Eesti_Vabariigi_Tartu_Ulikool, lk 162
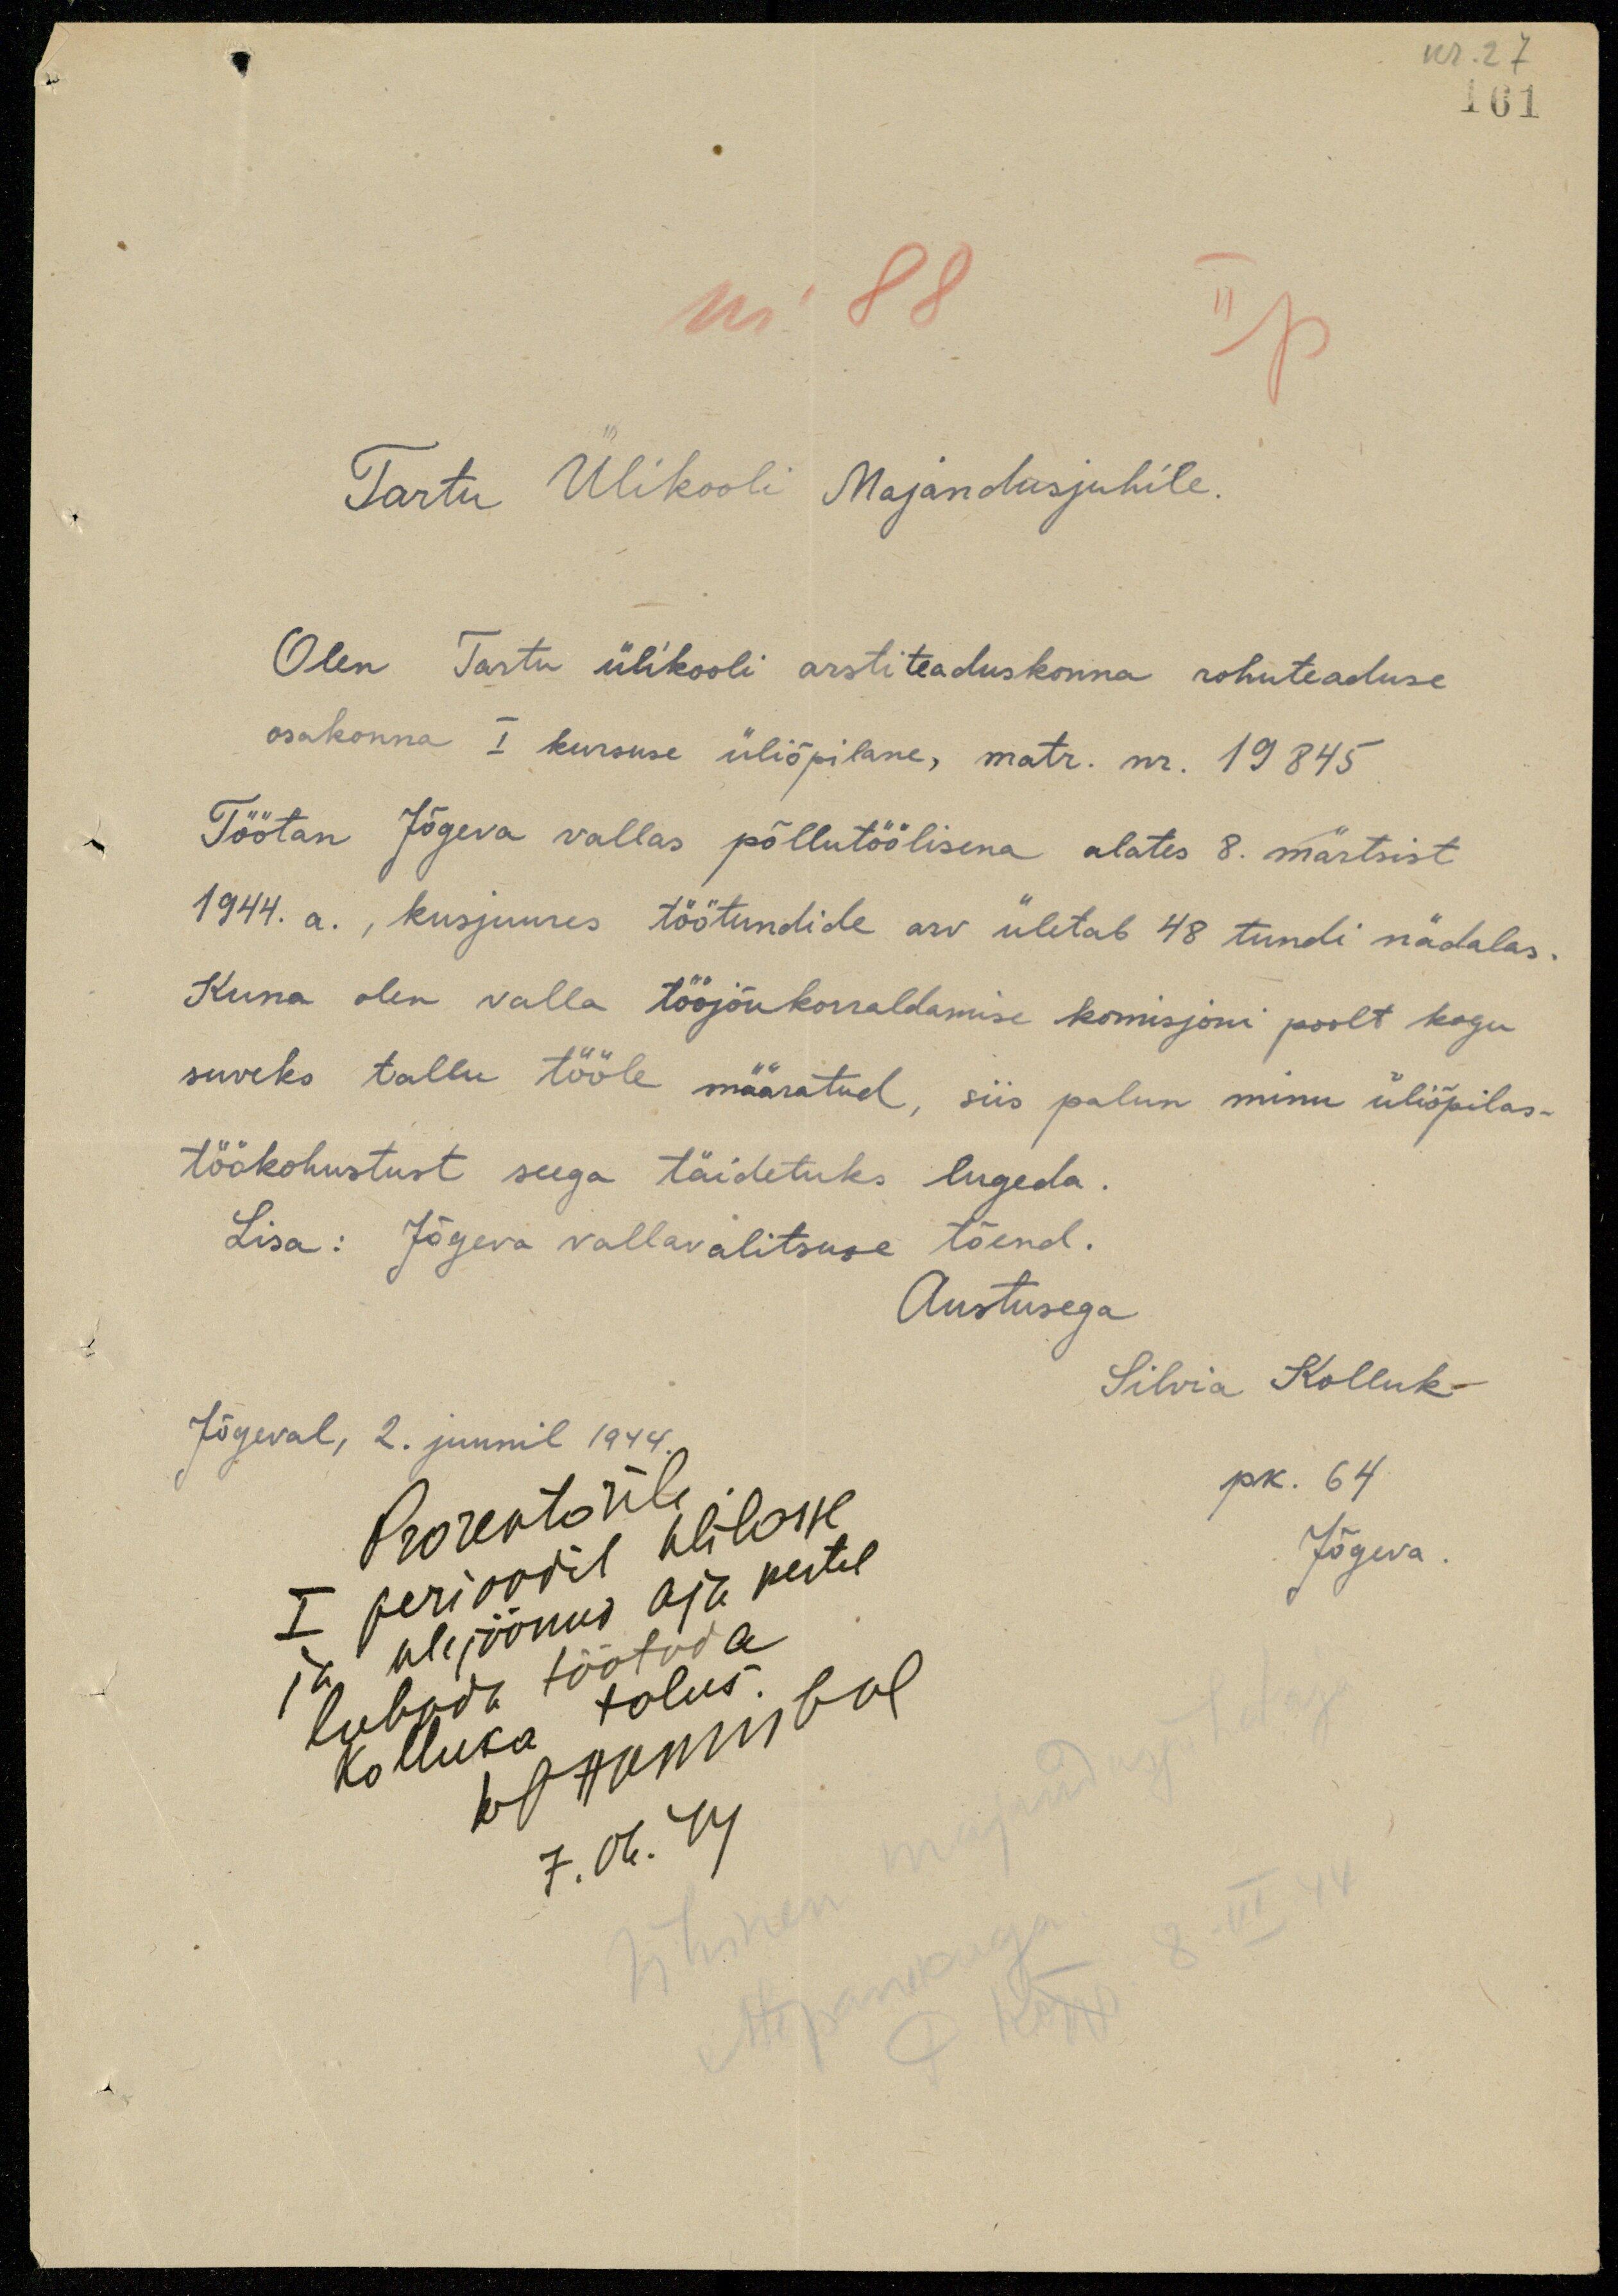
nr. 27
161
nr 88
II p
Tartu Ülikooli Majandusjuhile.
Olen Tartu ülikooli arstiteaduskonna rohuteaduse
osakonna I kursuse üliõpilane, matr. nr. 19845
Töötan Jõgeva vallas põllutöölisena alates 8. märtsist
1944. a., kusjuures töötundide arv ületab 48 tundi nädalas.
Kuna olen valla tööjõukorraldamise komisjoni poolt kogu
suveks tallu tööle määratud, siis palun minu üliõpilas-
töökohustust seega täidetuks lugeda.
Lisa: Jõgeva vallavalitsuse tõend.
Austusega
Silvia Kolluk
Jõgeval, 2. juunil 1944.
Prorentorile
pk. 64
I perioodil Ulilasse,
Prorektorile
Jõgeva.
ja ülejäänud aja kestel.
lubada töötada
Kolluka talus.
Joannisbal
7.06.44
ühinen majandusjuhataja
ettepanekuga
P. Kõpp 8. VI. 44